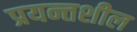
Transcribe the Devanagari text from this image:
प्रयन्तशील